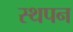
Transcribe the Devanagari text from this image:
स्थपन